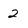
Character: 2